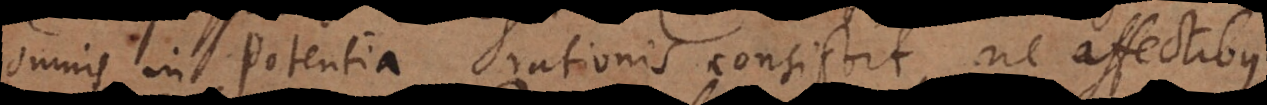
omnis in potentia rationis consistit, ne affectibus